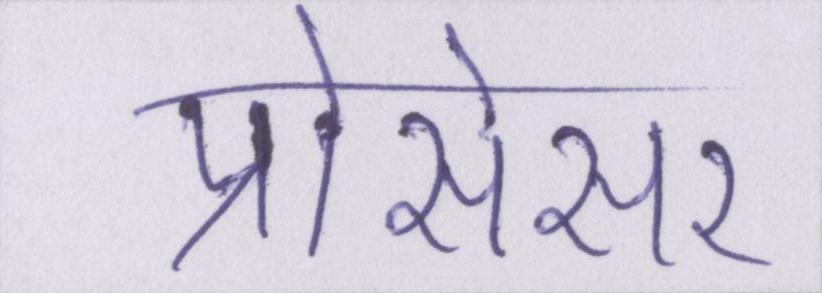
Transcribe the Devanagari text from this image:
प्रोसेसर